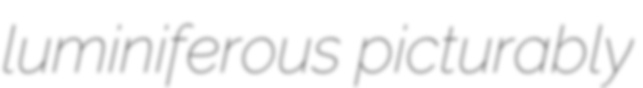
luminiferous picturably